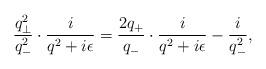
LaTeX: \begin{align*}\frac{q_{\bot}^2}{q_-^2}\cdot \frac{i}{q^2+i{\epsilon}}=\frac{2q_+}{q_-}\cdot \frac{i}{q^2+i{\epsilon}}-\frac{i}{q_-^2},\end{align*}